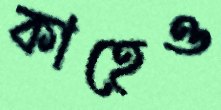
কাহেও